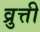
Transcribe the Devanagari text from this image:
व्रुत्ती